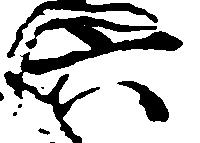
六